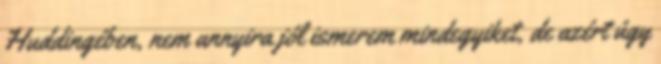
Huddingében, nem annyira jól ismerem mindegyiket, de azért úgy